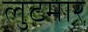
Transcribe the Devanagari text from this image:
लुटमार